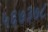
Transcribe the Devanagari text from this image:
५६७३७८